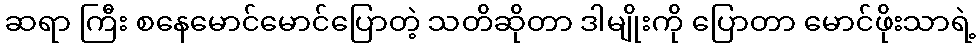
ဆရာ ကြီး စနေမောင်မောင်ပြောတဲ့ သတိဆိုတာ ဒါမျိုးကို ပြောတာ မောင်ဖိုးသာရဲ့